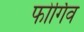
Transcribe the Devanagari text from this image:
फोर्गिव